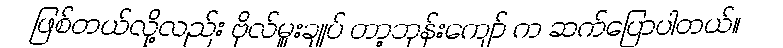
ဖြစ်တယ်လို့လည်း ဗိုလ်မှူးချုပ် တာ့ဘုန်းကျော် က ဆက်ပြောပါတယ်။